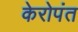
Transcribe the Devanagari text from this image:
केरोपंत